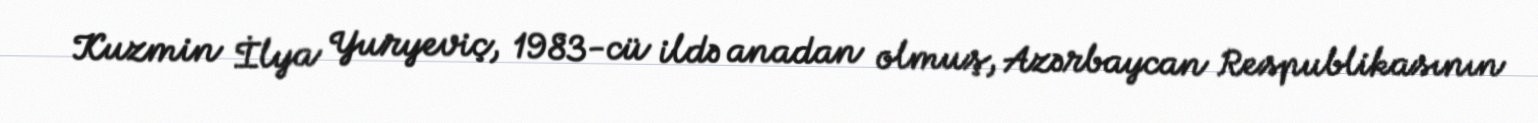
Kuzmin İlya Yuryeviç, 1983-cü ildə anadan olmuş, Azərbaycan Respublikasının